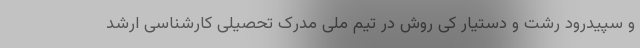
و سپیدرود رشت و دستیار کی روش در تیم ملی مدرک تحصیلی کارشناسی ارشد